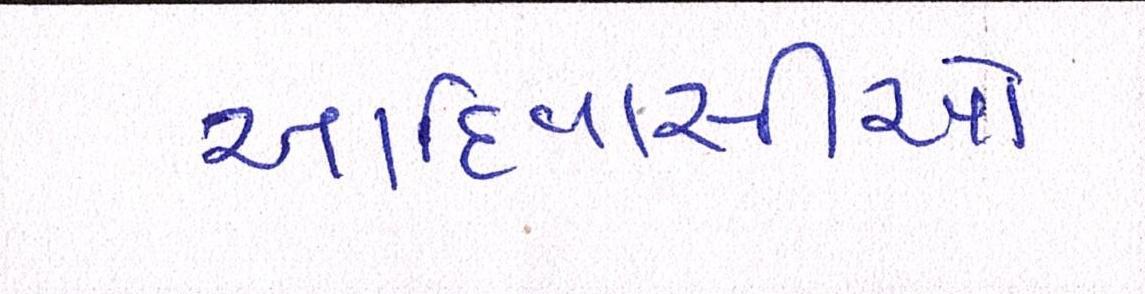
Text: આદિવાસીએ